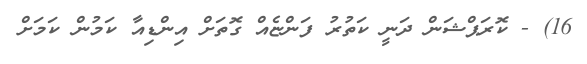
16) - ކޮރަޕްޝަން ދަނީ ކަތުރު ފަންޏެއް ގޮތަށް އިންޑިއާ ކަމުން ކަމަށް